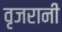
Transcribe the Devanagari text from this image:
वृजरानी